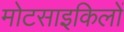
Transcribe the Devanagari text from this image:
मोटसाइकिलों